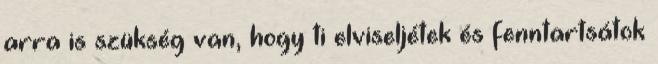
arra is szükség van, hogy ti elviseljétek és fenntartsátok